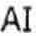
AI